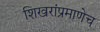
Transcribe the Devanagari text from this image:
शिखरांप्रमाणेच